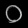
Digit: ၀